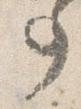
事